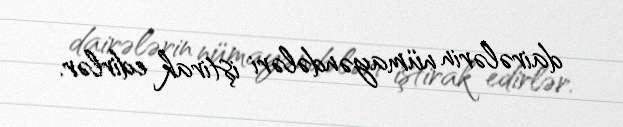
dairələrin nümayəndələri iştirak edirlər.